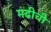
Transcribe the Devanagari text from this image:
मढीची